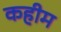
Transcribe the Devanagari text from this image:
कहीम